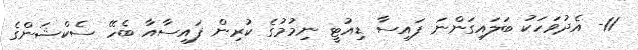
11- އެދުވަހަކު ބަލައިގަންނަ ފައިސާ ޑިއުޓީ ނިމުމުގެ ކުރިން ފައިސާއާ ބެހޭ ސެކްޝަންގެ